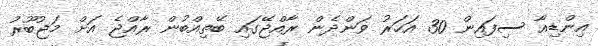
އިންޑިއާ ސިފައިން 30 އަހަރު ވަންދެން ރާއްޖޭގައި ބޭތިއްބުން ރާއްޖެ އަށް މަޖުބޫރު